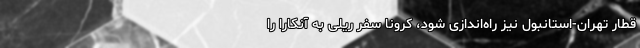
قطار تهران-استانبول نیز راه‌اندازی شود، کرونا سفر ریلی به آنکارا را